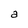
Character: a